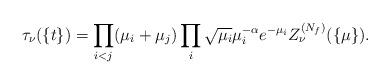
LaTeX: \begin{align*}\tau_{\nu}(\{t\})=\prod_{i<j}(\mu_i+\mu_j)\prod_i \sqrt{\mu_i}\mu_i^{-\alpha }e^{-\mu_i}Z_\nu^{(N_f)}(\{\mu\}).\end{align*}